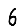
Digit: 6